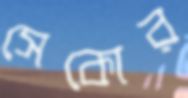
সেকোর